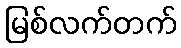
မြစ်လက်တက်